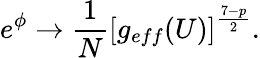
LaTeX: e^{\phi}\rightarrow\frac{1}{N}\left[g_{eff}(U)\right]^{\frac{7-p}{2}}.